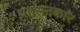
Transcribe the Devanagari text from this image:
प्रहसनकार